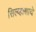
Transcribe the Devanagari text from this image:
सिल्व्हासाचे